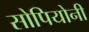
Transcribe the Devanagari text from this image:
सोपियोनी